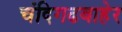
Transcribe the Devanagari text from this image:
चंदिगढबाहेर